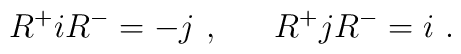
R^+iR^- = - j ~, ~~~~~ R^+jR^- = i~.